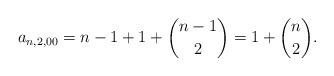
LaTeX: \begin{align*}a_{n,2,00} = n-1 + 1 +\binom{n-1}{2} = 1+ \binom{n}{2}.\end{align*}